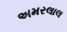
અમરલાલ